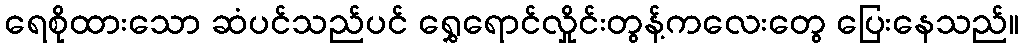
ရေစိုထားသော ဆံပင်သည်ပင် ရွှေရောင်လှိုင်းတွန့်ကလေးတွေ ပြေးနေသည်။